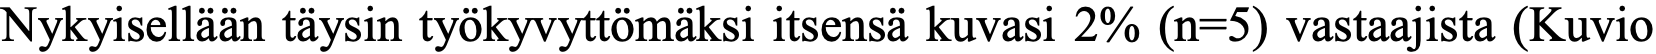
Nykyisellään täysin työkyvyttömäksi itsensä kuvasi 2% (n=5) vastaajista (Kuvio